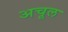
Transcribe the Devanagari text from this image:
अचूल